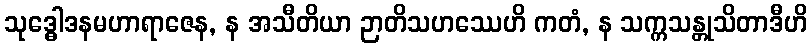
သုဒ္ဓေါဒနမဟာရာဇေန, န အသီတိယာ ဉာတိသဟဿေဟိ ကတံ, န သက္ကသန္တုသိတာဒီဟိ